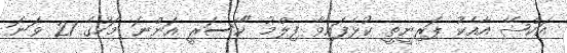
އަކްޝޭ އާއެކު ޕަރިނީތީ ކުޅެފައިވާ ފިލްމު "ކޭސަރީ އަންނަ މަހުގެ 21 ވަނަ